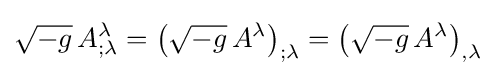
{\sqrt {-g}}\,A_{;\lambda }^{\lambda }=\left({\sqrt {-g}}\,A^{\lambda }\right)_{;\lambda }=\left({\sqrt {-g}}\,A^{\lambda }\right)_{,\lambda }